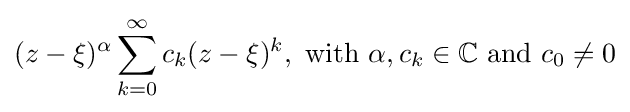
(z-\xi )^{\alpha }\sum _{k=0}^{\infty }c_{k}(z-\xi )^{k},{\text{ with }}\alpha ,c_{k}\in \mathbb {C} {\text{ and }}c_{0}\neq 0